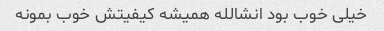
خیلی خوب بود انشالله همیشه کیفیتش خوب بمونه